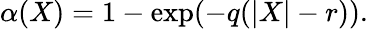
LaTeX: \alpha(X)=1-\exp({-q(|X|-r)}).